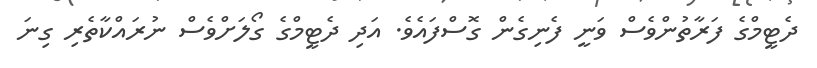
ދެޓީމްގެ ފަރާތުންވެސް ވަނީ ފެނިގެން ގޮސްފައެވެ. އަދި ދެޓީމްގެ ގޯލަށްވެސް ނުރައްކާތެރި ގިނަ